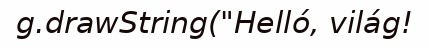
g.drawString("Helló, világ!